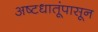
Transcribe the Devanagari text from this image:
अष्टधातूंपासून